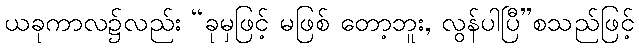
ယခုကာလ၌လည်း “ခုမှဖြင့် မဖြစ် တော့ဘူး, လွန်ပါပြီ”စသည်ဖြင့်